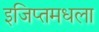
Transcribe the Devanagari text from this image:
इजिप्तमधला